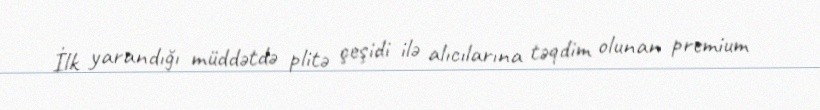
İlk yarandığı müddətdə plitə çeşidi ilə alıcılarına təqdim olunan premium